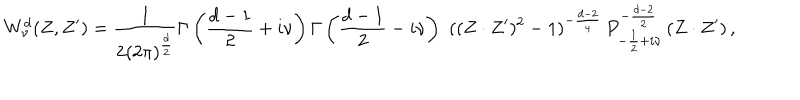
LaTeX: { W _ { \nu } ^ { d } } ( Z , Z ^ { \prime } ) = \frac { 1 } { 2 ( 2 \pi ) ^ { \frac { d } { 2 } } } \Gamma \left( \frac { d - 1 } { 2 } + i \nu \right) \Gamma \left( \frac { d - 1 } { 2 } - i \nu \right) \, \, ( ( Z \cdot Z ^ { \prime } ) ^ { 2 } - 1 ) ^ { - \frac { d - 2 } { 4 } } \, P _ { - \frac { 1 } { 2 } + i \nu } ^ { - \frac { d - 2 } { 2 } } \left( { Z \cdot Z ^ { \prime } } \right) ,